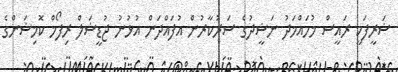
ޝަރީފަކީ ރައީސް މުހައްމަދު ނަޝީދުގެ ސަރުކާރުން އުފައްދަން އުޅުނު ޖުޑީޝަލް ރިފޯމް ކޮމިޝަންގެ